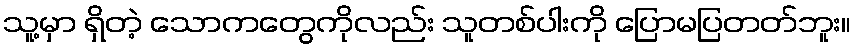
သူ့မှာ ရှိတဲ့ သောကတွေကိုလည်း သူတစ်ပါးကို ပြောမပြတတ်ဘူး။